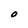
Character: O